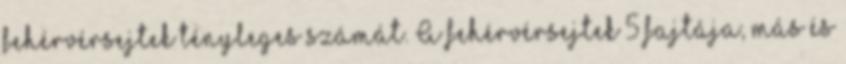
fehérvérsejtek tényleges számát. A fehérvérsejtek 5 fajtája, más és